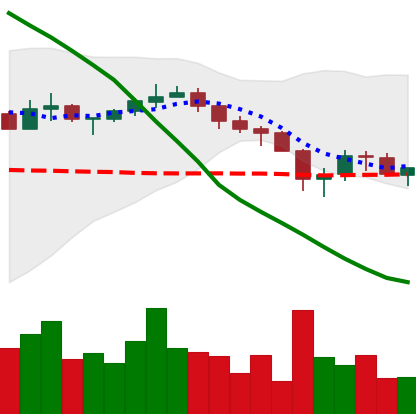
Ticker: XRP-USD
Chart end date: 2018-05-16
Forward return: -4.55%
Label: down_3_5